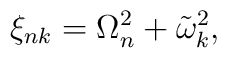
\xi_{nk}=\Omega_n^2+\tilde\omega_k^2,